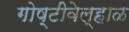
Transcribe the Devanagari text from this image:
गोष्टीवेल्हाळ